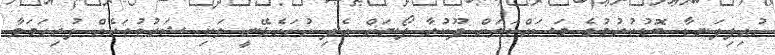
ހުއިފިލަނޑާ ބޮޑުކުރުމުގެ މަސައްކަތަށް ދޫކުރާ ލޯނަށް އެދި ހުށަހެޅޭނީ ވަކި ޝަރުތުތަކެއް ފުރިހަމަވާ